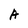
Character: A